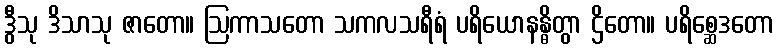
ဒွီသု ဒိသာသု ဇာတော။ ဩကာသတော သကလသရီရံ ပရိယောနန္ဓိတွာ ဌိတော။ ပရိစ္ဆေဒတော